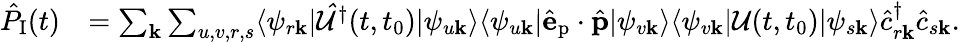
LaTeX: \begin{array}{rl}{\hat{P}_{\textrm{I}}(t)}&{=\sum_{\mathbf{k}}\sum_{u,v,r,s}\langle\psi_{r\mathbf{k}}|\mathcal{\hat{U}}^{\dagger}(t,t_{0})|\psi_{u\mathbf{k}}\rangle\langle\psi_{u\mathbf{k}}|\hat{\mathbf{e}}_{\textrm{p}}\cdot\hat{\mathbf{p}}|\psi_{v\mathbf{k}}\rangle\langle\psi_{v\mathbf{k}}|\mathcal{U}(t,t_{0})|\psi_{s\mathbf{k}}\rangle\hat{c}_{r\mathbf{k}}^{\dagger}\hat{c}_{s\mathbf{k}}.}\end{array}